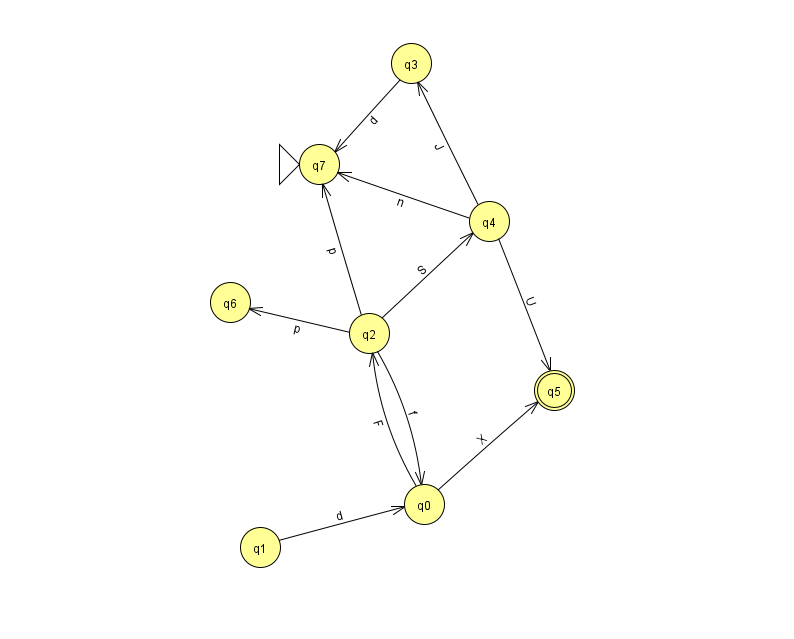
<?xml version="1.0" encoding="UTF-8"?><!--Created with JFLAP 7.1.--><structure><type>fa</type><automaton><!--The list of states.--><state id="0" name="q0"><x>424.0</x><y>491.0</y></state><state id="1" name="q1"><x>260.0</x><y>534.0</y></state><state id="2" name="q2"><x>369.0</x><y>320.0</y></state><state id="3" name="q3"><x>411.0</x><y>50.0</y></state><state id="4" name="q4"><x>489.0</x><y>208.0</y></state><state id="5" name="q5"><x>554.0</x><y>377.0</y><final/></state><state id="6" name="q6"><x>230.0</x><y>289.0</y></state><state id="7" name="q7"><x>319.0</x><y>151.0</y><initial/></state><!--The list of transitions.--><transition><from>0</from><to>2</to><read>F</read></transition><transition><from>2</from><to>0</to><read>f</read></transition><transition><from>4</from><to>7</to><read>n</read></transition><transition><from>0</from><to>5</to><read>X</read></transition><transition><from>2</from><to>7</to><read>p</read></transition><transition><from>3</from><to>7</to><read>d</read></transition><transition><from>4</from><to>3</to><read>J</read></transition><transition><from>4</from><to>5</to><read>U</read></transition><transition><from>1</from><to>0</to><read>d</read></transition><transition><from>2</from><to>4</to><read>S</read></transition><transition><from>2</from><to>6</to><read>p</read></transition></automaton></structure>